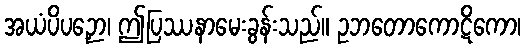
အယံပိပဉှော၊ ဤပြဿနာမေးခွန်းသည်။ ဥဘတောကောဋိကော၊